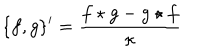
LaTeX: \{ f , g \} ^ { \prime } = { \frac { f \star g - g \star f } { \kappa } }